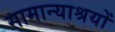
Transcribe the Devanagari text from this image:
सामान्याश्रयों